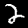
Label: 2